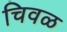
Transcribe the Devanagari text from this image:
चिवळ